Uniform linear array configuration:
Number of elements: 12
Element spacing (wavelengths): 0.75
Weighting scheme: hamming
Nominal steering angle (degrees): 60
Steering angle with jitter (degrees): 60.834
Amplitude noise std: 0.05
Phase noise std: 0.05

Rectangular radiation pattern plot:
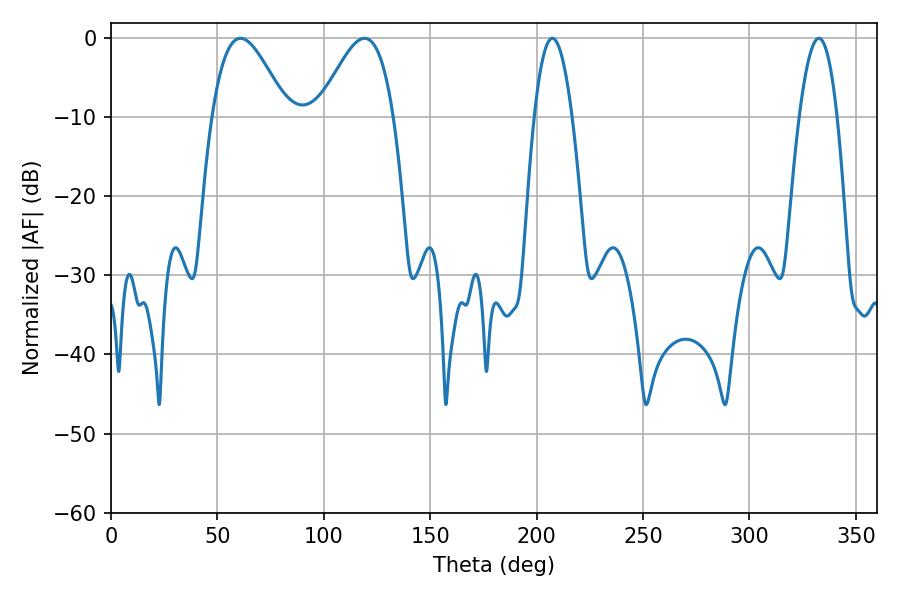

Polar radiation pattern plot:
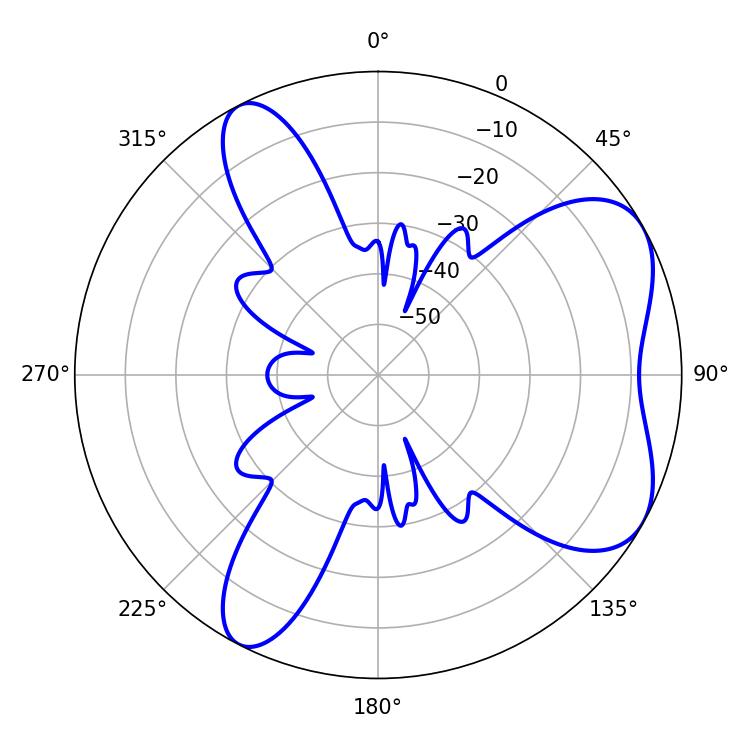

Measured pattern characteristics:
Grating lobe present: TRUE
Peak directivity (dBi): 6.039
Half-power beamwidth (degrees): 18.9
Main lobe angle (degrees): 60.84